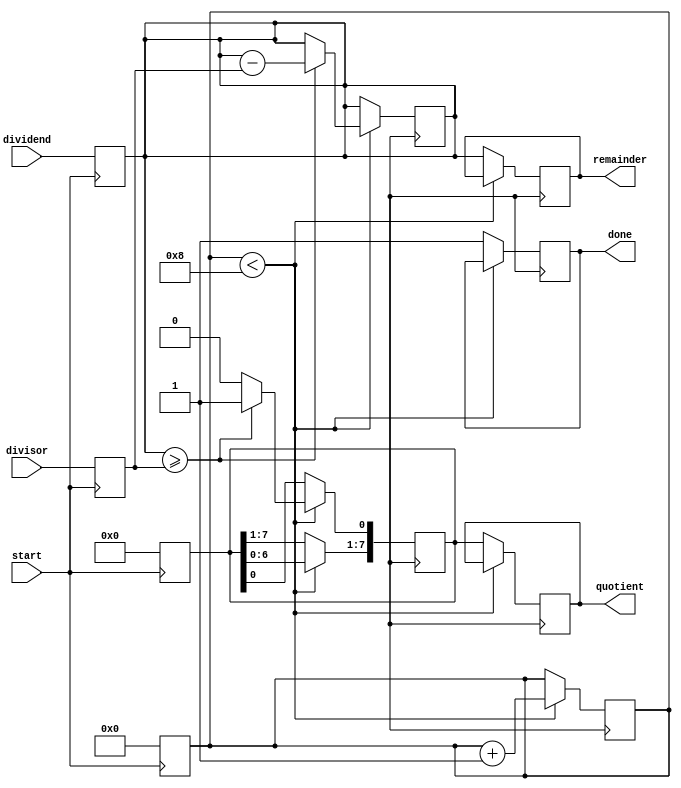
module srt_divider (
    input wire [7:0] dividend,
    input wire [7:0] divisor,
    input wire start,
    output reg [7:0] quotient,
    output reg [7:0] remainder,
    output reg done
);

reg [7:0] temp_dividend;
reg [7:0] temp_quotient;
reg [7:0] temp_remainder;
reg [3:0] count;
reg [7:0] temp_divisor;

always @ (posedge start) begin
    temp_dividend <= dividend;
    temp_quotient <= 0;
    temp_remainder <= 0;
    count <= 0;
    temp_divisor <= divisor;
end

always @ (posedge clk) begin
    if (count < 8) begin
        if (temp_dividend >= temp_divisor) begin
            temp_dividend <= temp_dividend - temp_divisor;
            temp_quotient <= temp_quotient << 1;
            temp_quotient[0] <= 1;
        end else begin
            temp_quotient <= temp_quotient << 1;
        end
        count <= count + 1;
    end else begin
        quotient <= temp_quotient;
        remainder <= temp_dividend;
        done <= 1;
    end
end

endmodule